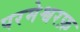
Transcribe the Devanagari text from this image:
परमेश्वरफ़